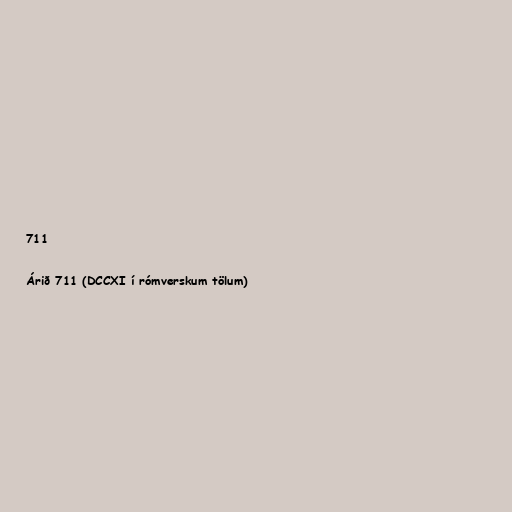
711

Árið 711 (DCCXI í rómverskum tölum)